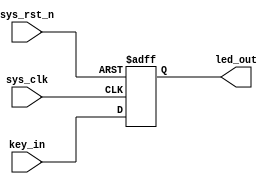
module flip_flop
(
    input   wire    sys_clk,
    input   wire    sys_rst_n,//low-level voltage valid.
    input   wire    key_in,
    
    output  reg     led_out//using reg type for always syntax to given value.
);

always@ (posedge sys_clk or negedge sys_rst_n)//detect posedge (rise) sys_clk or negedge (fall) sys_rst_n will implement below code.
    if (sys_rst_n == 1'b0)
        led_out <= 1'b0;
    else
        led_out <= key_in;

endmodule